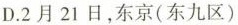
D.2月21日，东京(东九区)